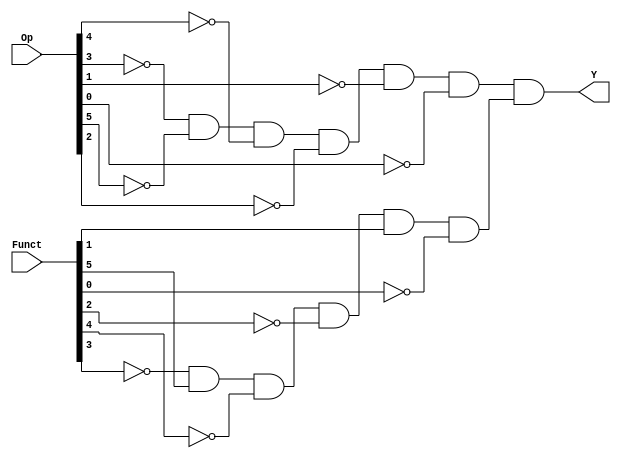
// Copyright (C) 2020  Intel Corporation. All rights reserved.
// Your use of Intel Corporation's design tools, logic functions 
// and other software and tools, and any partner logic 
// functions, and any output files from any of the foregoing 
// (including device programming or simulation files), and any 
// associated documentation or information are expressly subject 
// to the terms and conditions of the Intel Program License 
// Subscription Agreement, the Intel Quartus Prime License Agreement,
// the Intel FPGA IP License Agreement, or other applicable license
// agreement, including, without limitation, that your use is for
// the sole purpose of programming logic devices manufactured by
// Intel and sold by Intel or its authorized distributors.  Please
// refer to the applicable agreement for further details, at
// https://fpgasoftware.intel.com/eula.

// PROGRAM		"Quartus Prime"
// VERSION		"Version 20.1.1 Build 720 11/11/2020 SJ Lite Edition"
// CREATED		"Wed Aug 17 11:44:29 2022"

module SUB(
	Funct,
	Op,
	Y
);


input wire	[5:0] Funct;
input wire	[31:26] Op;
output wire	Y;

wire	isRTYPE;
wire	isSUB;
wire	NOTF0;
wire	NOTF2;
wire	NOTF3;
wire	NOTF4;
wire	NOTOp26;
wire	NOTOp27;
wire	NOTOp28;
wire	NOTOp29;
wire	NOTOp30;
wire	NOTOp31;




assign	isRTYPE = NOTOp29 & NOTOp31 & NOTOp30 & NOTOp28 & NOTOp27 & NOTOp26;

assign	Y = isRTYPE & isSUB;

assign	NOTF0 =  ~Funct[0];

assign	isSUB = NOTF3 & Funct[5] & NOTF4 & NOTF2 & Funct[1] & NOTF0;

assign	NOTF2 =  ~Funct[2];

assign	NOTOp30 =  ~Op[30];

assign	NOTOp29 =  ~Op[29];

assign	NOTOp27 =  ~Op[27];

assign	NOTOp26 =  ~Op[26];

assign	NOTOp31 =  ~Op[31];

assign	NOTOp28 =  ~Op[28];

assign	NOTF4 =  ~Funct[4];

assign	NOTF3 =  ~Funct[3];


endmodule